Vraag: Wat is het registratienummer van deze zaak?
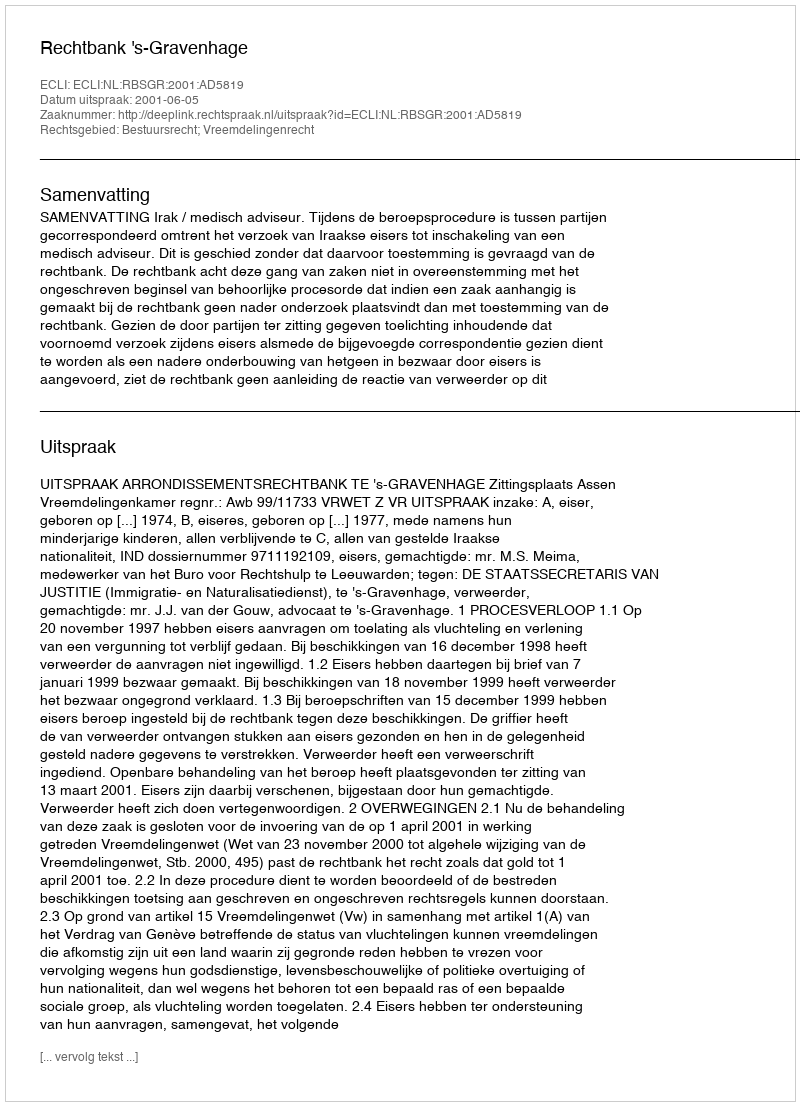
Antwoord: http://deeplink.rechtspraak.nl/uitspraak?id=ECLI:NL:RBSGR:2001:AD5819